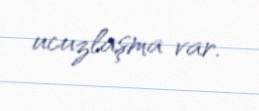
ucuzlaşma var.